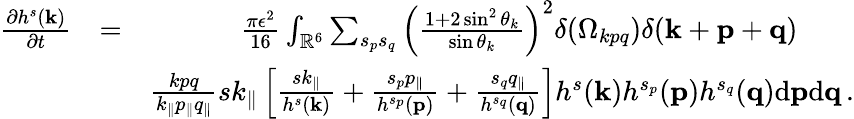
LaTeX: \begin{array}{rlr}{\frac{\partial h^{s}({\mathbf k})}{\partial t}}&{=}&{\frac{\pi\epsilon^{2}}{16}\int_{{\mathbb{R}}^{6}}\sum_{s_{p}s_{q}}\left(\frac{1+2\sin^{2}\theta_{k}}{\sin\theta_{k}}\right)^{2}\delta(\Omega_{kpq})\delta({\mathbf k}+{\mathbf p}+{\mathbf q})\quad\quad}\\ &{}&{\frac{kpq}{k_{\parallel}p_{\parallel}q_{\parallel}}sk_{\parallel}\left[\frac{sk_{\parallel}}{h^{s}({\mathbf k})}+\frac{s_{p}p_{\parallel}}{h^{s_{p}}({\mathbf p})}+\frac{s_{q}q_{\parallel}}{h^{s_{q}}({\mathbf q})}\right]h^{s}({\mathbf k})h^{s_{p}}({\mathbf p})h^{s_{q}}({\mathbf q})\mathrm{d}{\mathbf p}\mathrm{d}{\mathbf q}\, .}\end{array}